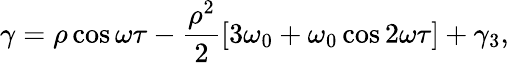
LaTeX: \gamma=\rho\cos\omega\tau-\frac{\rho^{2}}{2}[3\omega_{0}+\omega_{0}\cos 2\omega\tau]+\gamma_{3},